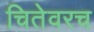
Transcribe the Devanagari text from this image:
चितेवरच